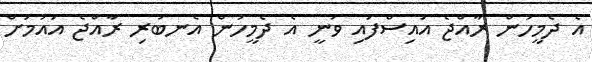
އެ ދެމީހުން ރާއްޖެ އައިސްފައި ވަނީ އެ ދެމީހުން އެނބުރި ރާއްޖެ އައުމަށް